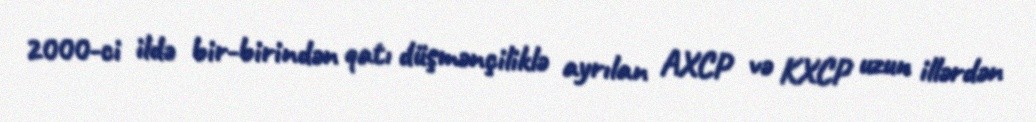
2000-ci ildə bir-birindən qatı düşmənçiliklə ayrılan AXCP və KXCP uzun illərdən